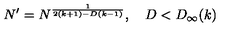
N ^ { \prime } = N ^ { \frac { 1 } { 2 ( k + 1 ) - D ( k - 1 ) } } , \quad D < D _ { \infty } ( k )